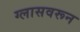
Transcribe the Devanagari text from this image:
ग्लासवरून